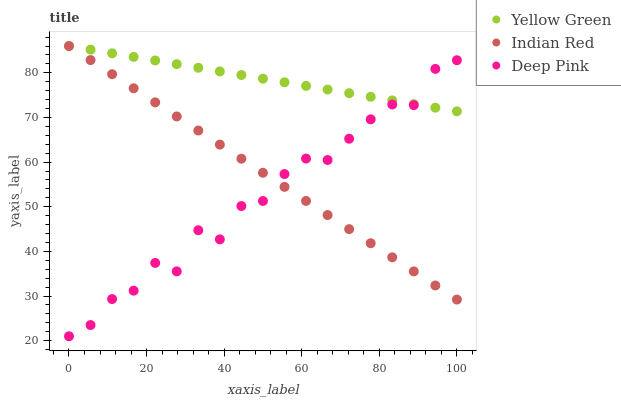
| xaxis_label | Yellow Green | Indian Red | Deep Pink |
 | --- | --- | --- | --- |
 | 0 | 86 | 86 | 21 |
 | 5.56 | 85.2 | 82.8 | 23.5 |
 | 11.1 | 84.4 | 79.7 | 29.3 |
 | 16.7 | 83.6 | 76.5 | 31.2 |
 | 22.2 | 82.8 | 73.4 | 37.4 |
 | 27.8 | 81.9 | 70.2 | 35.5 |
 | 33.3 | 81.1 | 67.1 | 44.7 |
 | 38.9 | 80.3 | 63.9 | 42.7 |
 | 44.4 | 79.5 | 60.8 | 50.2 |
 | 50 | 78.7 | 57.6 | 51.3 |
 | 55.6 | 77.9 | 54.5 | 57.3 |
 | 61.1 | 77.1 | 51.3 | 60.8 |
 | 66.7 | 76.3 | 48.1 | 60.5 |
 | 72.2 | 75.4 | 45 | 65.2 |
 | 77.8 | 74.6 | 41.8 | 69.6 |
 | 83.3 | 73.8 | 38.7 | 72.9 |
 | 88.9 | 73 | 35.5 | 72.8 |
 | 94.4 | 72.2 | 32.4 | 80.9 |
 | 100 | 71.4 | 29.2 | 82.8 |